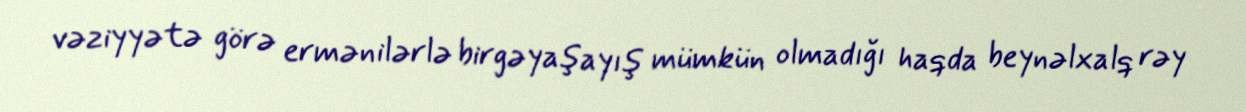
vəziyyətə görə ermənilərlə birgəyaşayış mümkün olmadığı haqda beynəlxalq rəy